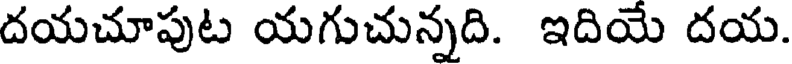
దయచూపుట యగుచున్నది. ఇదియే దయ.